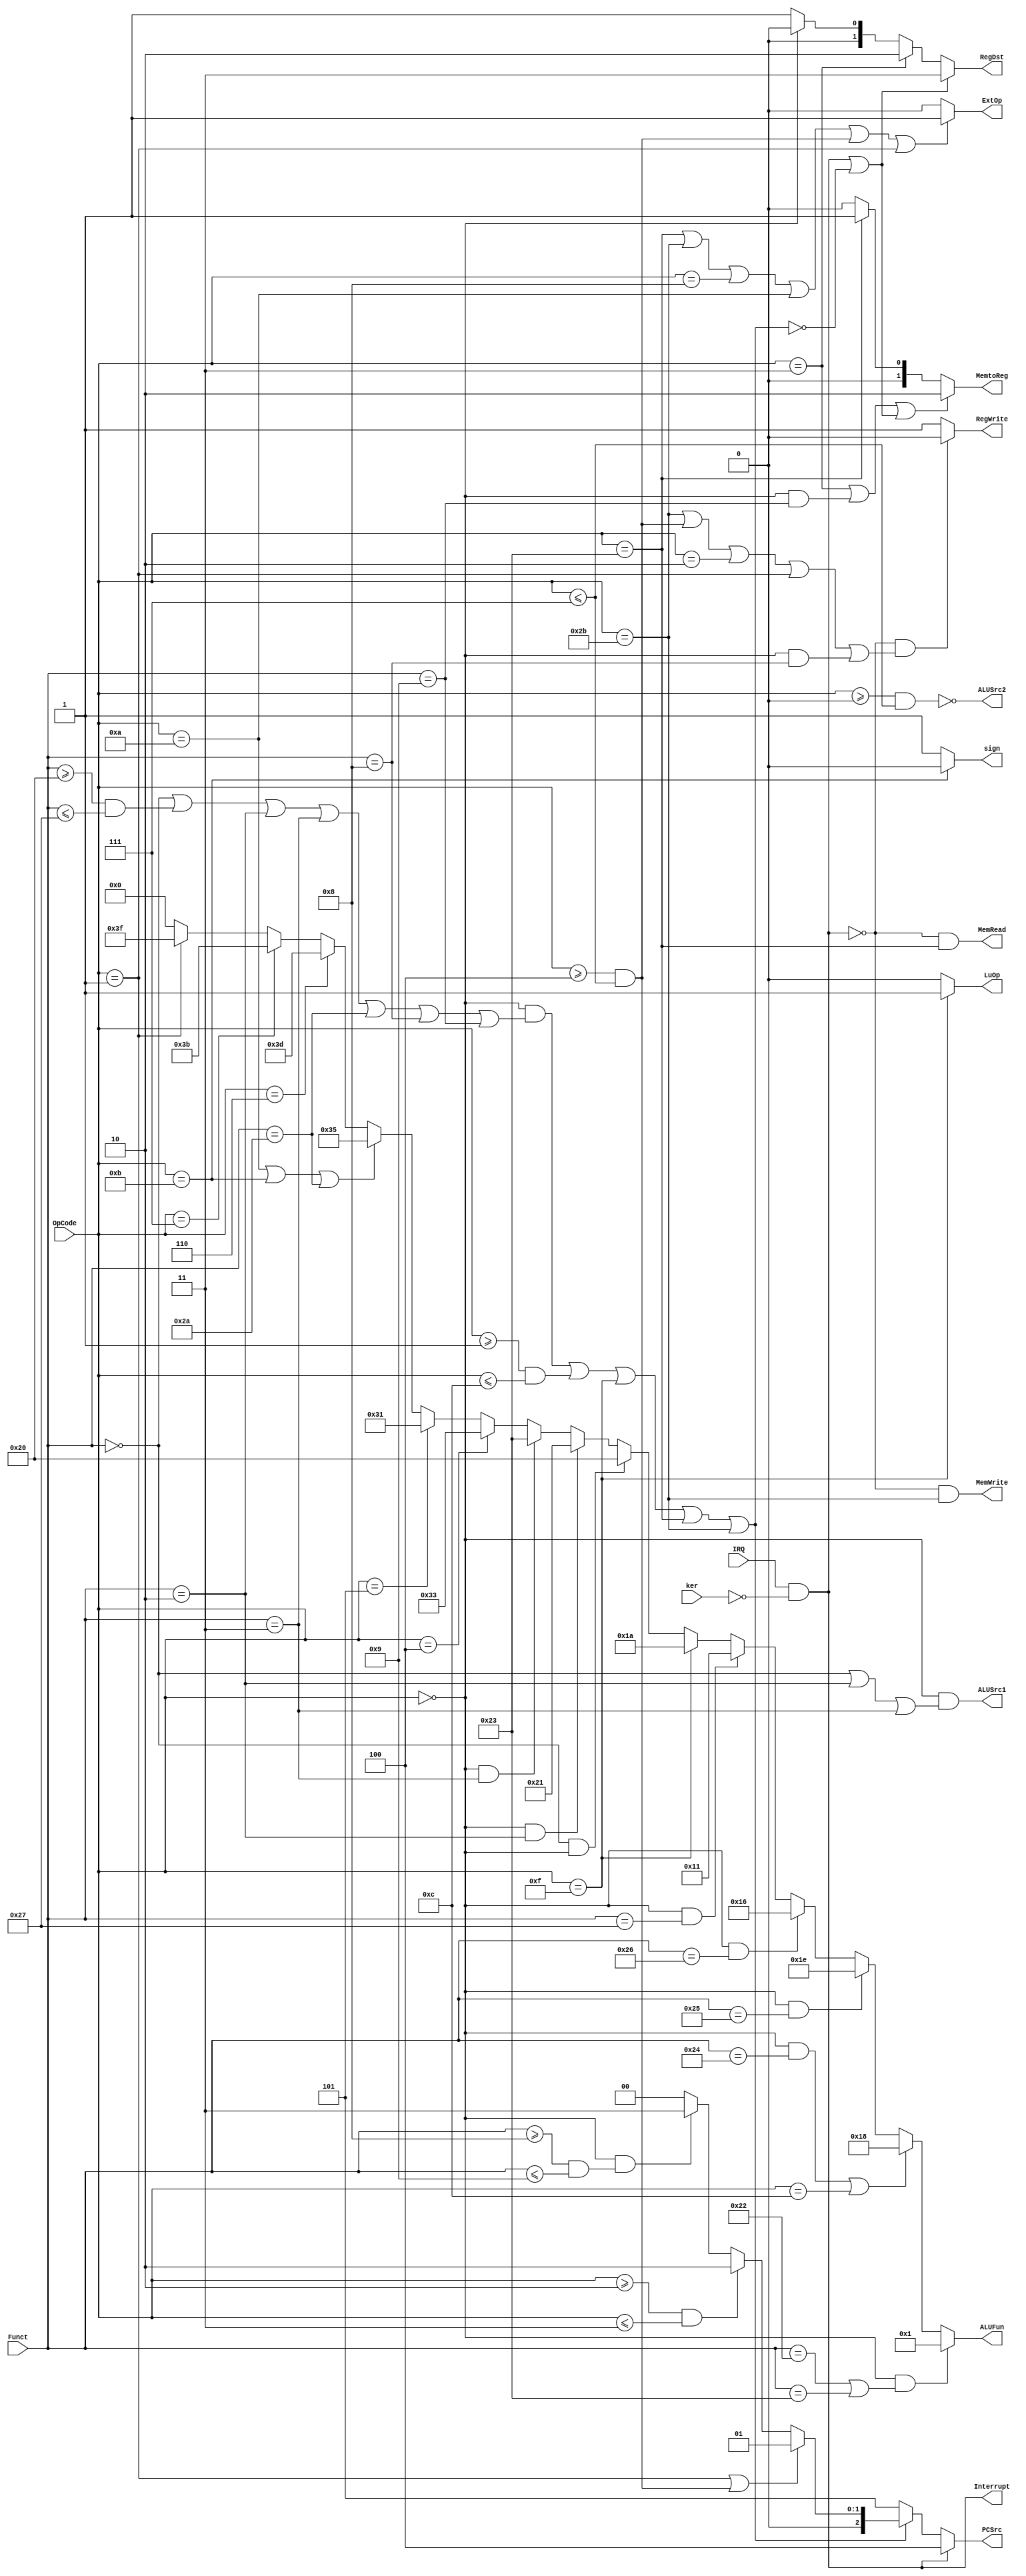
module Control(OpCode, Funct, ker, IRQ,
	PCSrc, RegWrite, RegDst, 
	MemRead, MemWrite, MemtoReg, 
	ALUSrc1, ALUSrc2, ExtOp, LuOp, ALUFun, sign, Interrupt);
	input wire[5:0] OpCode;
	input wire[5:0] Funct;
	input wire ker;
	input wire IRQ;
	output wire [2:0] PCSrc;
	output wire RegWrite;
	output wire [1:0] RegDst;
	output wire MemRead;
	output wire MemWrite;
	output wire [1:0] MemtoReg;
	output wire ALUSrc1;
	output wire ALUSrc2;
	output wire ExtOp;
	output wire LuOp;
	output wire [5:0] ALUFun;
	output wire sign;
	output wire Interrupt;
	wire Exception;
	assign Exception = ~((OpCode == 6'h0 &&(Funct == 6'h0 || (Funct >= 6'h20 && Funct <= 6'h27) || Funct == 6'h02 || Funct == 6'h03 || Funct == 6'h2a || Funct == 6'h08 || Funct == 6'h09)) || (OpCode >= 6'h01 && OpCode <= 6'h0c) || OpCode == 6'h0f || OpCode == 6'h23 || OpCode == 6'h2b);
	assign Interrupt = IRQ&&(~ker);
	assign PCSrc = /*(OpCode == 6'd0 && Funct == 6'd0)?3'd0: */Interrupt?3'd4: Exception?3'd5: (OpCode == 6'h01 || (OpCode >= 6'h04 && OpCode <= 6'h07))?3'd1:
				   (OpCode >= 6'h02 && OpCode <= 6'h03)?3'd2:
				   (OpCode == 6'h00 && (Funct >= 6'h08 && Funct <= 6'h09))?3'd3:3'd0;
	
	assign RegWrite = (~Interrupt && (OpCode == 6'h2b || (OpCode >= 6'h04 && OpCode <= 6'h07) || OpCode == 6'h02 || OpCode == 6'h01 || (OpCode == 0 && Funct == 6'h08)))?0:1;

	assign RegDst = (Interrupt || Exception)?2'd3:
					(OpCode == 6'h03)?2'd2:
					(OpCode == 6'h00)?2'd0:2'd1;
	
	assign MemRead = (~Interrupt) && (OpCode == 6'h23);

	assign MemWrite = (~Interrupt) && (OpCode == 6'h2b);

	assign MemtoReg = (OpCode == 6'h03 || (OpCode == 6'h00 && Funct == 6'h09) || (Interrupt || Exception))?2'd2:
					  (OpCode == 6'h23)?2'd1:2'd0;

	assign ALUSrc1 = (OpCode == 6'h00 && (Funct == 6'h00||Funct == 6'h02||Funct == 6'h03));

	assign ALUSrc2 = ~(OpCode >= 6'h00 && OpCode <= 6'h07);

	assign ExtOp = (OpCode == 6'h23||OpCode == 6'h2b||OpCode == 6'h08||OpCode == 6'h0a||(OpCode >= 6'h04 && OpCode <= 6'h07)||OpCode == 6'h01)?1:0;

	assign LuOp = (OpCode == 6'h0f)?1:0;
	
	assign ALUFun = (OpCode == 6'h00 && (Funct == 6'h22 || Funct == 6'h23))?6'b000001:
					((OpCode == 6'h00 && Funct == 6'h24) || OpCode == 6'h0c)?6'b011000:
					(OpCode == 6'h00 && Funct == 6'h25)?6'b011110:
					(OpCode == 6'h00 && Funct == 6'h26)?6'b010110:
					(OpCode == 6'h00 && Funct == 6'h27)?6'b010001:
					(OpCode == 6'h0f)?6'b011010:
					(Funct == 6'h00 && OpCode == 6'h00)?6'b100000:
					(OpCode == 6'h00 && Funct == 6'h02)?6'b100001:
					(OpCode == 6'h00 && Funct == 6'h03)?6'b100011:
					(OpCode == 6'h04)?6'b110011:
					(OpCode == 6'h05)?6'b110001:
					(OpCode == 6'h0a || OpCode == 6'h0b || Funct == 6'h2a)?6'b110101:
					(OpCode == 6'h06)?6'b111101:
					(OpCode == 6'h07)?6'b111011:
					(OpCode == 6'h01)?6'b111111:6'b000000;
	
	assign sign = (OpCode == 6'h0b)?0:1;
endmodule